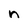
Character: n